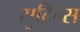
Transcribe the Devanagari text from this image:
सुटिंग्स